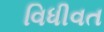
વિધીવત